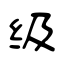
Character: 级